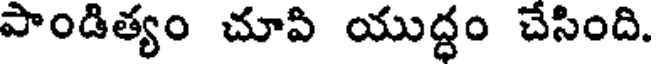
పాండిత్యం చూపి యుద్ధం చేసింది.